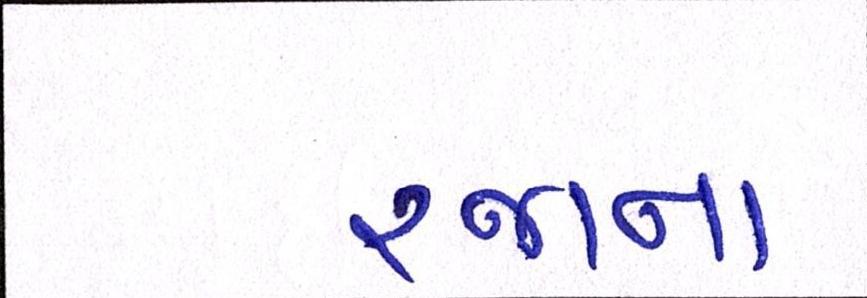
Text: રજાના